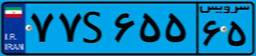
۰۹S۳۶۷۵۰